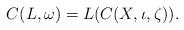
LaTeX: \begin{align*}C(L,\omega)=L(C(X,\iota,\zeta)).\end{align*}